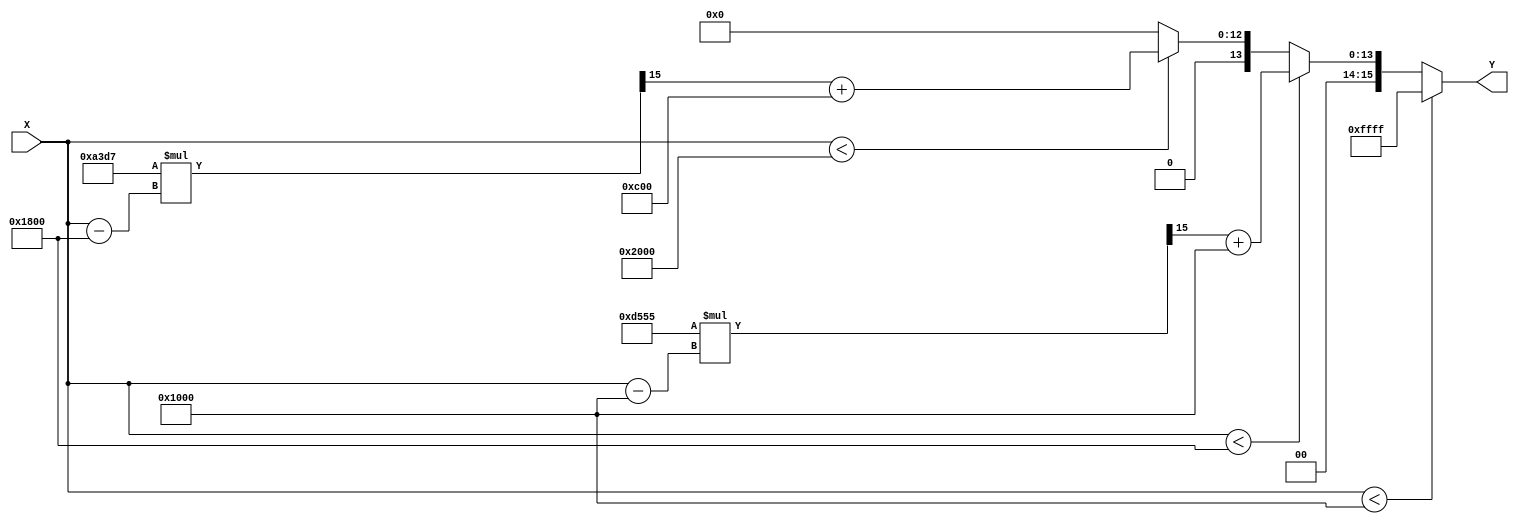
module PLA_Reciprocal (
    input wire [15:0] X,      // Input: 16-bit fixed-point number (range [1, 2])
    output reg [15:0] Y       // Output: 16-bit fixed-point reciprocal
);

    // Define breakpoints and linear coefficients for each segment
    // Breakpoints: 1.0, 1.5, 2.0 (scaled for fixed-point representation)
    localparam [15:0] BP1 = 16'h1000; // 1.0
    localparam [15:0] BP2 = 16'h1800; // 1.5
    localparam [15:0] BP3 = 16'h2000; // 2.0

    // Coefficients for each segment
    // Segment 1: [1.0, 1.5]
    localparam [15:0] M1 = 16'hD555; // Slope (approx. -0.3333)
    localparam [15:0] B1 = 16'h1000; // Intercept (approx. 1.0)

    // Segment 2: [1.5, 2.0]
    localparam [15:0] M2 = 16'hA3D7; // Slope (approx. -0.6667)
    localparam [15:0] B2 = 16'h0C00; // Intercept (approx. 0.6667)

    always @(*) begin
        if (X < BP1) begin
            Y = 16'hFFFF; // Out of range, return maximum (or handle error)
        end else if (X < BP2) begin
            // Segment 1: [1.0, 1.5]
            Y = (M1 * (X - BP1) >> 15) + B1; // Linear interpolation
        end else if (X < BP3) begin
            // Segment 2: [1.5, 2.0]
            Y = (M2 * (X - BP2) >> 15) + B2; // Linear interpolation
        end else begin
            Y = 16'h0000; // Out of range, return minimum (or handle error)
        end
    end

endmodule